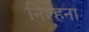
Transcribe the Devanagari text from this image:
निश्हना